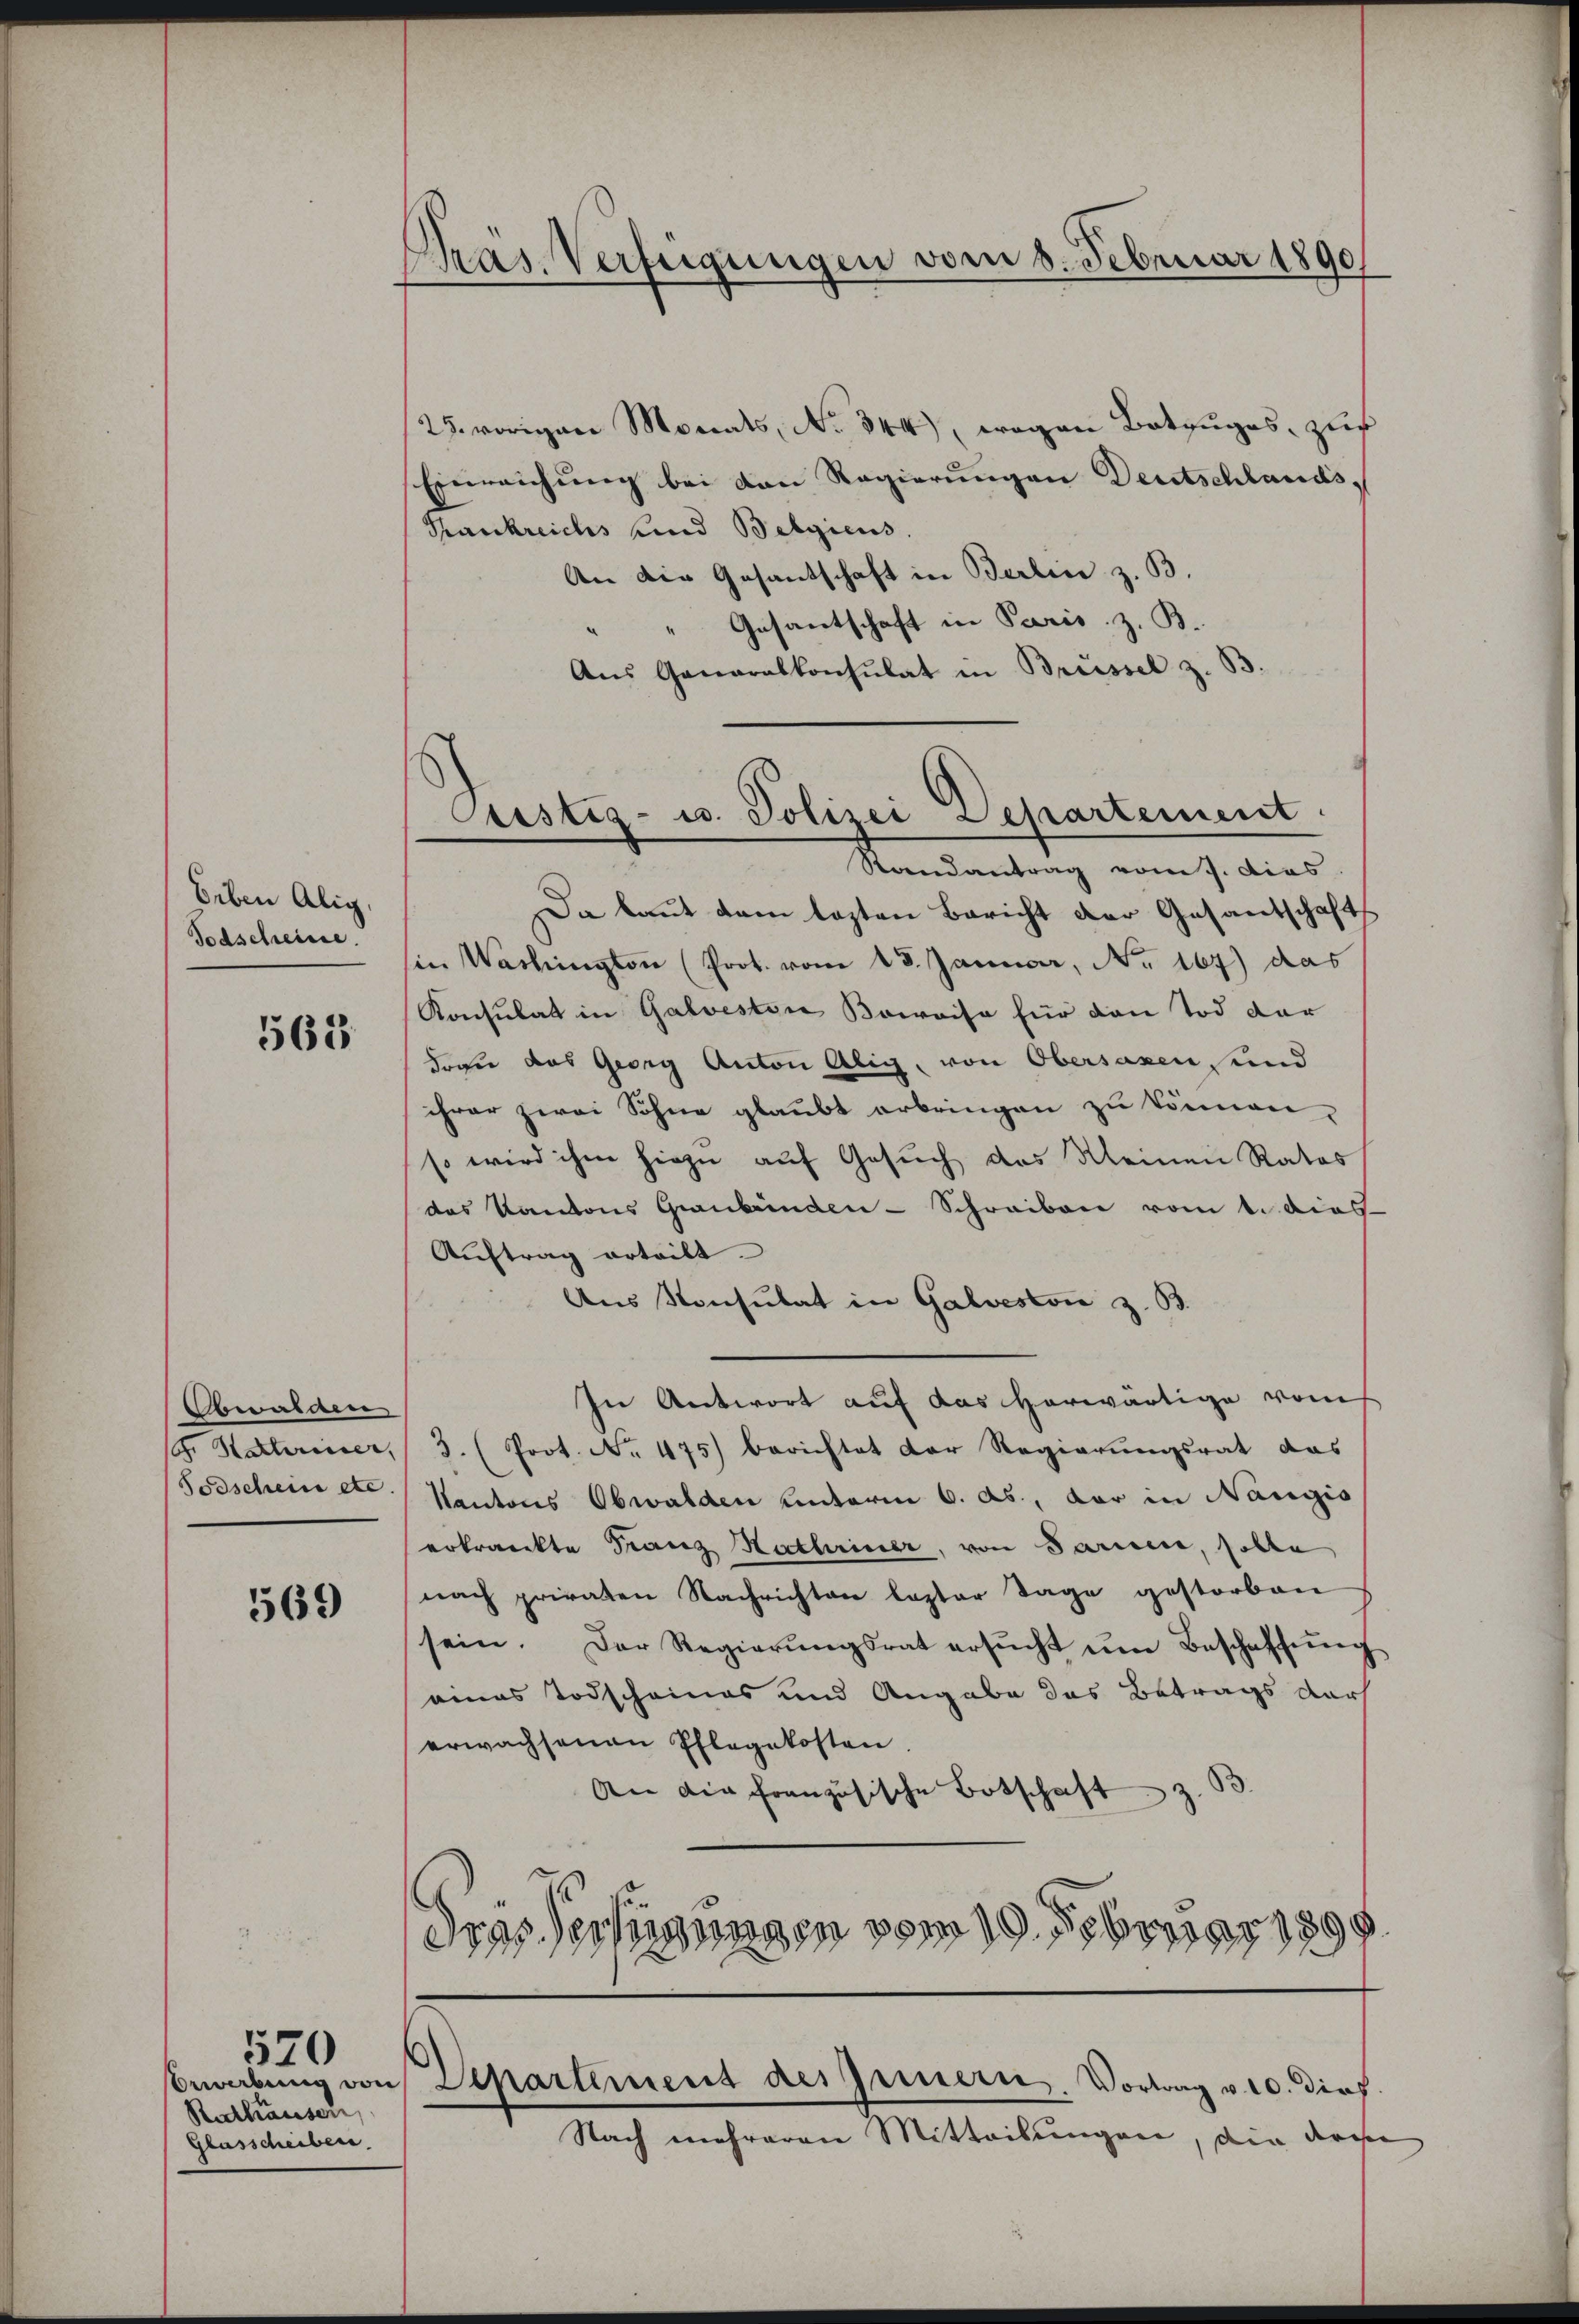
Eeben Alig,
Todscheine

563

Obwalden
. Hatterinner,
Todschein etc.

569

Rathausen
Glasscheiben.

520

Präs. Verfügungen vom 8. Februar 1890

Justiz- u. Polizei Departement
Randantrag vom 7. dies

29. vorigen Monats, No 344), wegen Botzuges, zuf
Einreichung bei den Regierungen Deutschlands,
Kankreichs und Belgiens.
An die Gesantschaft in Berlin z. B.
Gesantschaft in Paris, z. B.
Aus Generalkonsulat in Brüssel z. B.
Da laut dem lezten Bericht der Gesantschaft
sin Washington (Prot. vom 15. Januar, No. 167) das
Konsulat in Galvestine Beweise für den Tod dar
Frau das Georg Anton Alig, von Obersaxen und
ihrer zwei Sohne glaubt erbringen zu können,
so wird ihm hiezu auf Gesuch des Meinen Rates
das Kantons Graubünden-Schreiben vom 1. dies
Auftrag erteilt.
Aus Konsulat in Galveston z. B.
In Antwort auf das Horwärtige vom
3. (Prot. No. 475) berichtet der Regierŭngsrat das
Kantons Obwalden unterm 6. ds., der in Nangis
erkränkte Franz Kathriner, von Pariere, solle
nach privaten Nachrichten laster Tage gestorben
sein. Der Regierŭngsrat ersŭcht ŭm Beschaffŭng
eines Todscheines und Angabe das Betrags darf
erwachsenen Pflegekosten.
An die Französische Botschaft z
dres Verfügungen vom 19. Februar 1899

Bewabung von Departement des Innern. Vortrag v. 10. dirf.

Nach mehreren Mitteilungen, die diesen